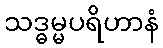
သဒ္ဓမ္မပရိဟာနံ